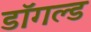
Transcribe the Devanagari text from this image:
डॉगल्ड